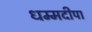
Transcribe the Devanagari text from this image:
धम्मदीपा